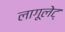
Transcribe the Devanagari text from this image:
लागूलेट्